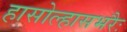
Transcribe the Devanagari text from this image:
हासोल्हासभरैः